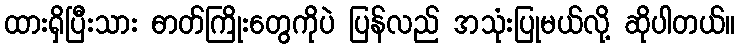
ထားရှိပြီးသား ဓာတ်ကြိုးတွေကိုပဲ ပြန်လည် အသုံးပြုမယ်လို့ ဆိုပါတယ်။